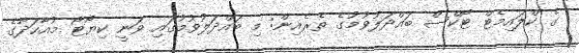
ގެ ކްލައިމެޓް ޓޯކްސް ބައްދަލުވުމުގެ ތެރެއިން: މި ބައްދަލުވުމުގައި ވަނީ ކިޔޯޓޯ މުއާހަދާގެ